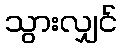
သွားလျှင်